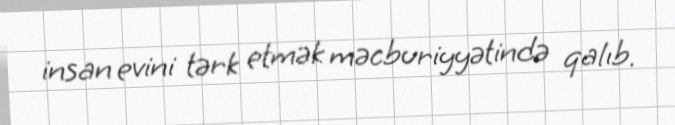
insan evini tərk etmək məcburiyyətində qalıb.